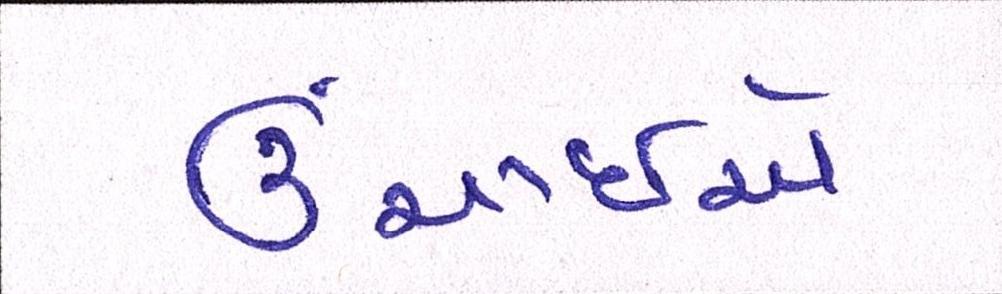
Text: ઉંચાઈએ